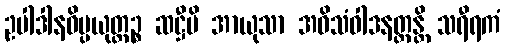
ဥပါဒါနဝိပ္ပယုတ္တဉ္စ ဆဋ္ဌီပိ အာယုသာ အဝိသံဝါဒနတ္ထန္တိ သရီရကံ